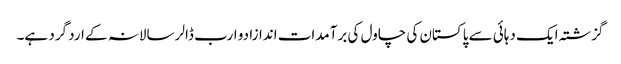
گزشتہ ایک دہائی سے پاکستان کی چاول کی برآمدات اندازا دو ارب ڈالر سالانہ کے ارد گرد ہے۔